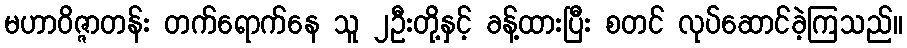
မဟာဝိဇ္ဇာတန်း တက်ရောက်နေ သူ ၂ဦးတို့နှင့် ခန့်ထားပြီး စတင် လုပ်ဆောင်ခဲ့ကြသည်။